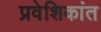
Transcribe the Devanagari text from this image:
प्रवेशिकांत